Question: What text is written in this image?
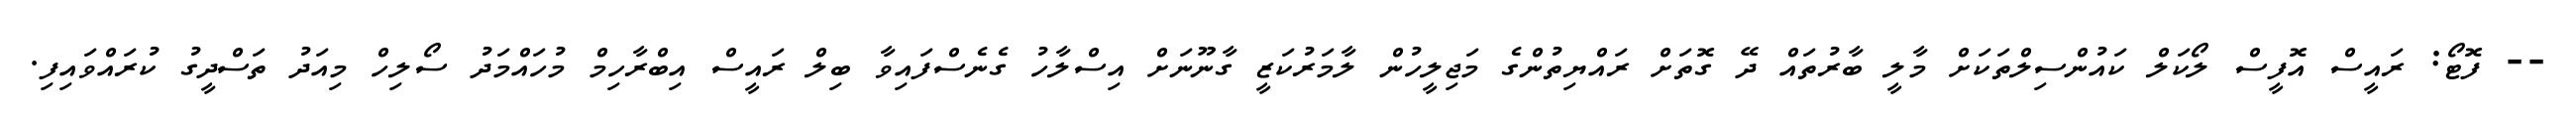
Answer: -- ފޮޓޯ: ރައީސް އޮފީސް ލޯކަލް ކައުންސިލްތަކަށް މާލީ ބާރުތައް ދޭ ގޮތަށް ރައްޔިތުންގެ މަޖިލީހުން ލާމަރުކަޒީ ގާނޫނަށް އިސްލާހު ގެނެސްފައިވާ ބިލް ރައީސް އިބްރާހިމް މުހައްމަދު ސޯލިހް މިއަދު ތަސްދީގު ކުރައްވައިފި.